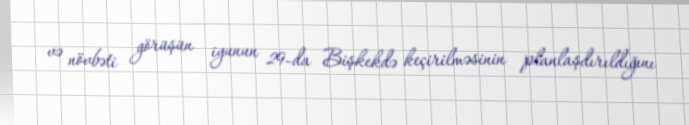
və növbəti görüşün iyunun 29-da Bişkekdə keçirilməsinin planlaşdırıldığını